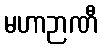
မဟာဉာဏီ